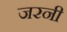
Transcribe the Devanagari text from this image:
जरनी